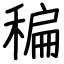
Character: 稨